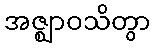
အဇ္ဈာဝသိတွာ